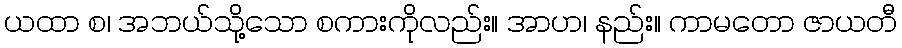
ယထာ စ၊ အဘယ်သို့သော စကားကိုလည်း။ အာဟ၊ နည်း။ ကာမတော ဇာယတီ